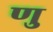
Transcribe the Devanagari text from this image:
णु